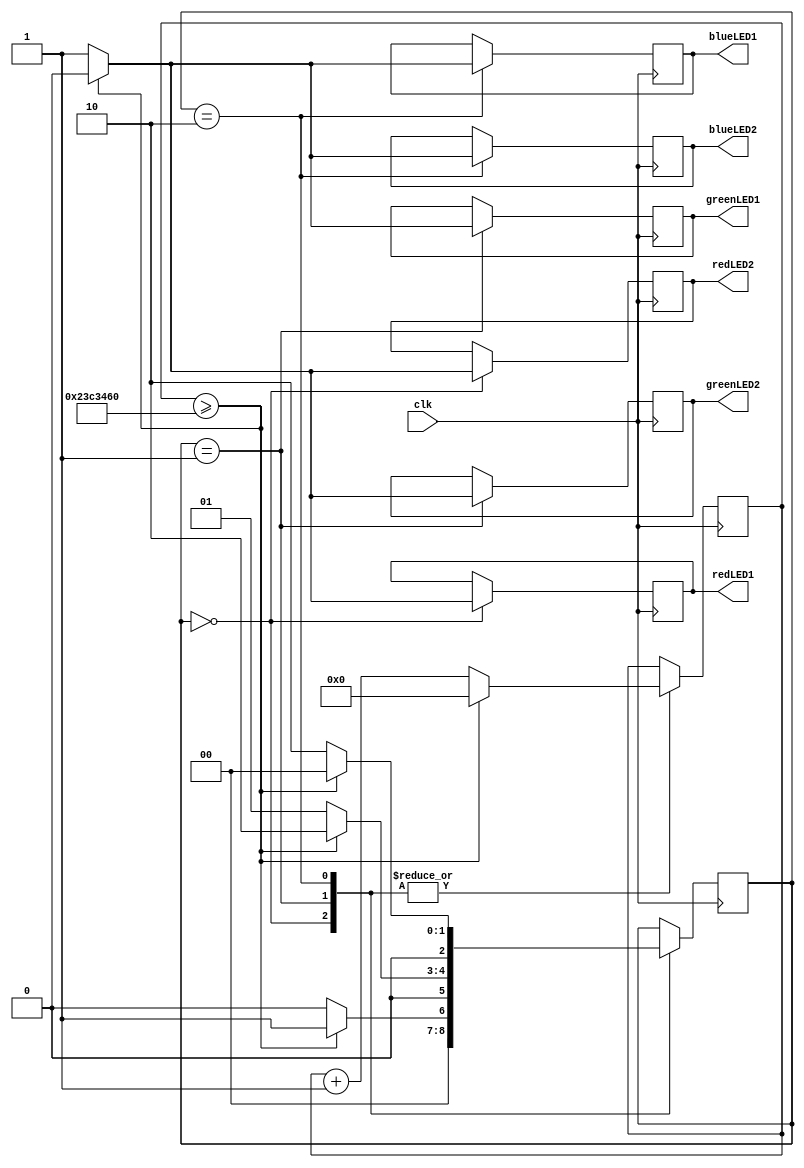
module flashLED(clk, redLED1, greenLED1, blueLED1, redLED2, greenLED2, blueLED2);

//inputs
input clk;

//outputs
output redLED1, greenLED1, blueLED1, redLED2, greenLED2, blueLED2;

//registers
reg redLED1, greenLED1, blueLED1, redLED2, greenLED2, blueLED2;
reg [26:0] pause;
reg [2:0] state;

//initialisations
initial pause = 27'b0;
initial state = 1'd0;

//parameters
parameter red = 2'd0, green = 2'd1, blue = 2'd2;
/*
This module controls two LEDs at once so that the block diagram was not overloaded with block and
it give the option of having two LEDs doing one thing while another tow do something else.
The module runs througnt the rgb colours in a loop.
*/
always@(posedge clk)
	begin
	case(state)
		red:
			begin
			redLED1 <= 1'b1;	
			redLED2 <= 1'b1;
			if(pause >= 37500000)		//wait for 0.75 seconds
				begin
				pause <= 27'd0;
				redLED1 <= 1'b0;
				redLED2 <= 1'b0;
				state <= green;
				end
			else
				begin
				pause <= pause + 1'b1;
				state <= red;
				end
			end
		green:
			begin
			greenLED1 <= 1'b1;
			greenLED2 <= 1'b1;
			if(pause >= 37500000)	//wait for 0.75 seconds
				begin
				pause <= 27'd0;
				greenLED1 <= 1'b0;
				greenLED2 <= 1'b0;
				state <= blue;
				end
			else
				begin
				pause <= pause + 1'b1;
				state <= green;
				end
			end
		blue:
			begin
			blueLED1 <= 1'b1;
			blueLED2 <= 1'b1;
			if(pause >= 37500000)	//wait for 0.75 seconds
				begin
				pause <= 27'd0;
				blueLED1 <= 1'b0;
				blueLED2 <= 1'b0;
				state <= red;
				end
			else
				begin
				pause <= pause + 1'b1;
				state <= blue;
				end
			end
		endcase
	end
endmodule